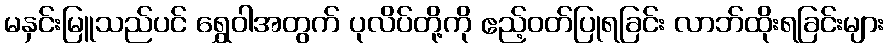
မနှင်းမြူသည်ပင် ရွှေဝါအတွက် ပုလိပ်တို့ကို ဧည့်ဝတ်ပြုရခြင်း လာဘ်ထိုးရခြင်းများ